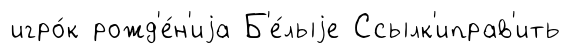
игро́к рожд'е́н'иjа Б'е́лыjе Ссылк'иправ'ить